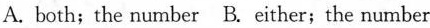
A. both;the number B.Either;the number